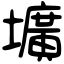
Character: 壙